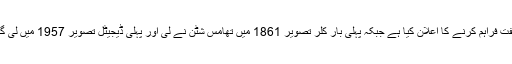
19 اگست 1839 کو فرانسیسی حکومت نے اس ایجاد کو دنیا بھر کے لیے مفت فراہم کرنے کا اعلان کیا ہے جبکہ پہلی بار کلر تصویر 1861 میں تھامس شٹن نے لی اور پہلی ڈیجیٹل تصویر 1957 میں لی گئی، دلچسپ بات یہ ہے کہ پہلا ڈیجیٹل کیمرا 20 سال بعد کوڈک نے تیار کیا۔